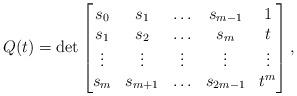
LaTeX: \begin{align*}Q(t) = \det\begin{bmatrix}s_0 & s_1 & \ldots & s_{m-1} & 1\\s_1 & s_2 & \ldots & s_{m} & t\\\vdots & \vdots & \vdots & \vdots & \vdots\\s_{m} & s_{m+1} & \ldots & s_{2m-1} & t^{m}\end{bmatrix},\end{align*}